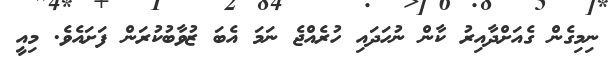
ނިމިގެން ގެއަށްދާއިރު ކާން ނުހަދައި ހުރެއްޖެ ނަމަ އެބަ ޒުވާބުކުރަން ފަށައެވެ. މިއީ